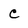
Character: c